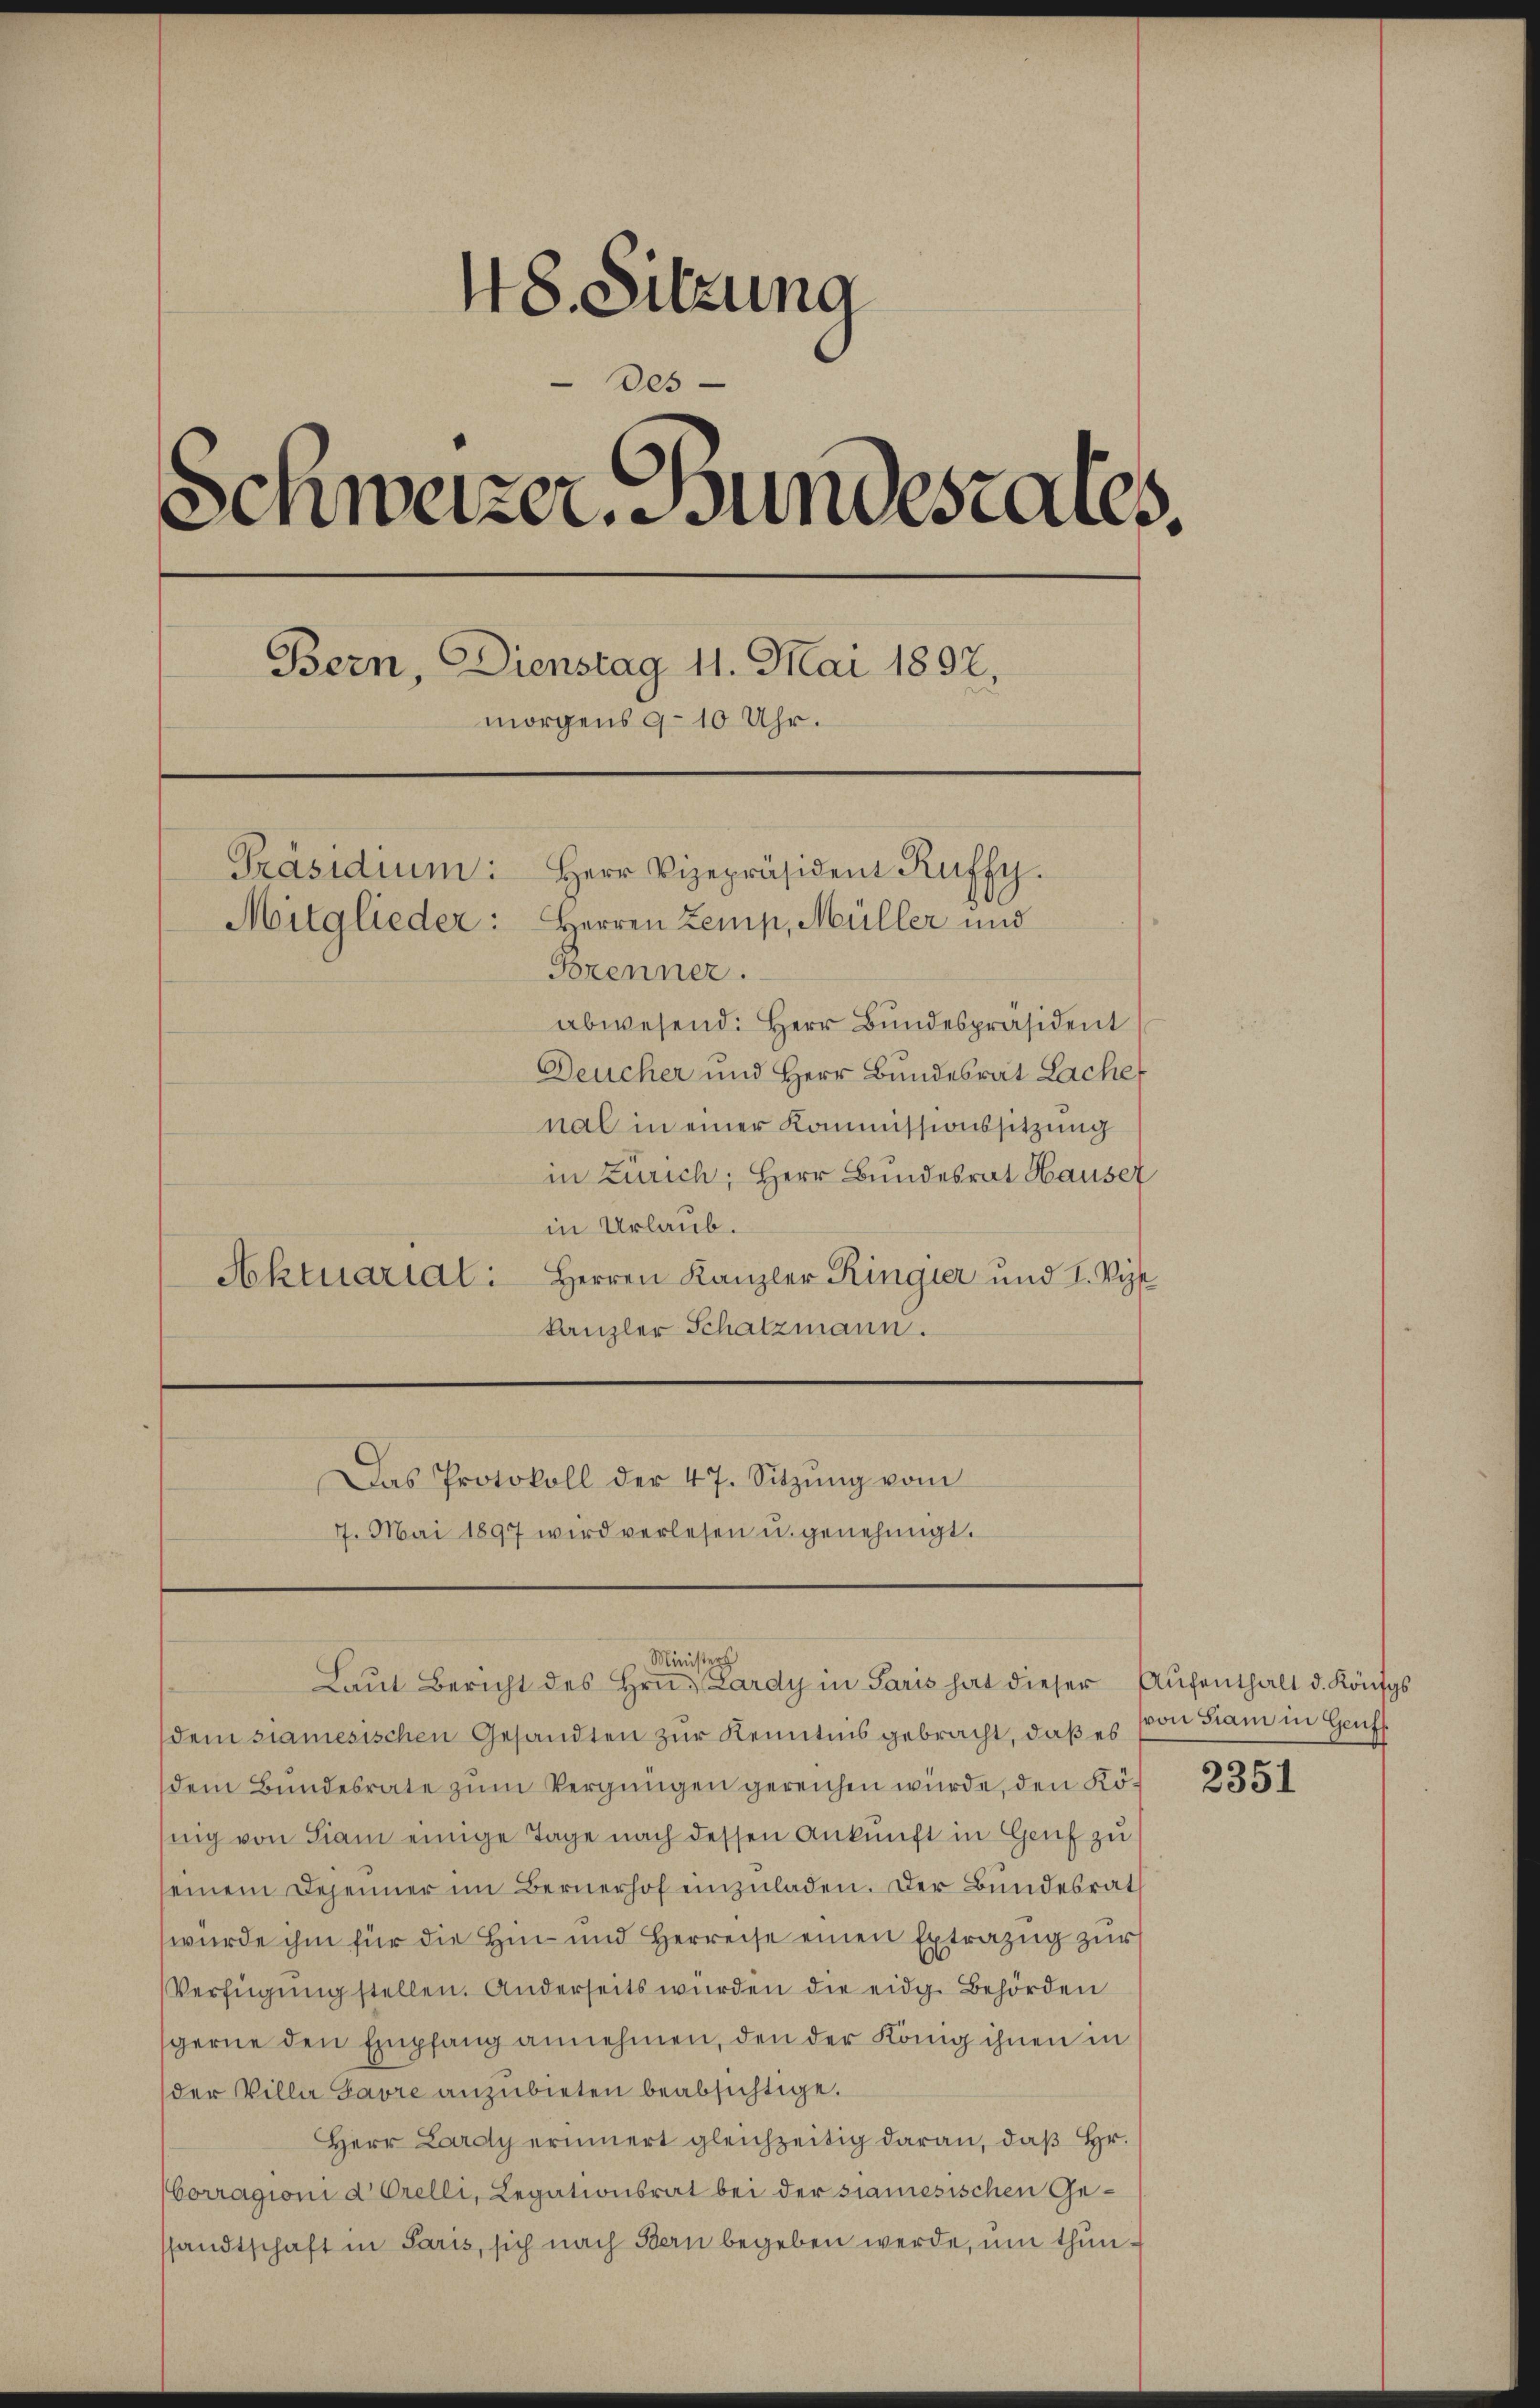
48. Sitzung
des
Schweizer. Bundestales,
Bern, Dienstag 11. Mai 1892,
morgens 9-10 Uhr.
Präsidium:
Herr Vizepräsident Kuffy.
Mitglieder: Herren Zemp, Müller und
Forenner.
abwesend: Herr Bundespräsident
Deucher und Herr Bundesrat Lache

nal in einer Kommissionssitzung
in Zürich, Herr Bundesrat Hauser
in Urlaub.
Aktuarial: Herren Kanzler Ringier und I. Sep
kanzler Schatzmann.

7. Mai 1897 wird verlesen u. genehmigt.

Das Protokoll der 47. Sitzŭng vom

Minister
Laŭt Bericht des Hrn. Lardy in Paris hat dieser Aufenthalt d. Königs

dem samesischen Gesandten zur Kenntnis gebracht, daß es
dem Bundesrate zum Vergnügen gereichen würde, den König von Fiam einige Tage nach dessen Ankunft in Genf zu
einem Depenner im Bernerhof einzŭladen. Der Bundesrat
würde ihm für die Hin- und Herreise einen Extrazug zur
Verfügung stellen. Anderseits würden die eidg. Behörden
gerne den Empfang annehmen, den der König ihnen in
der Villa Gavre anzubieten beabsichtige.
Herr Lardy erinnert gleichzeitig daran, daß Hr.
Corragioni d. Orelli, Legationsrat bei der samesischen Gessandtschaft in Paris, sich nach Bern begeben werde, um thun¬

von Siam in Genf.

2351